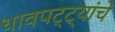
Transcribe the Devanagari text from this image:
धावपट्ट्यांचे